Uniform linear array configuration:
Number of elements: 48
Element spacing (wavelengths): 1
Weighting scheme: hann
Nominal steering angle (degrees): -30
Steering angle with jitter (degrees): -29.986
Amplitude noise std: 0.05
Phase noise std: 0.05

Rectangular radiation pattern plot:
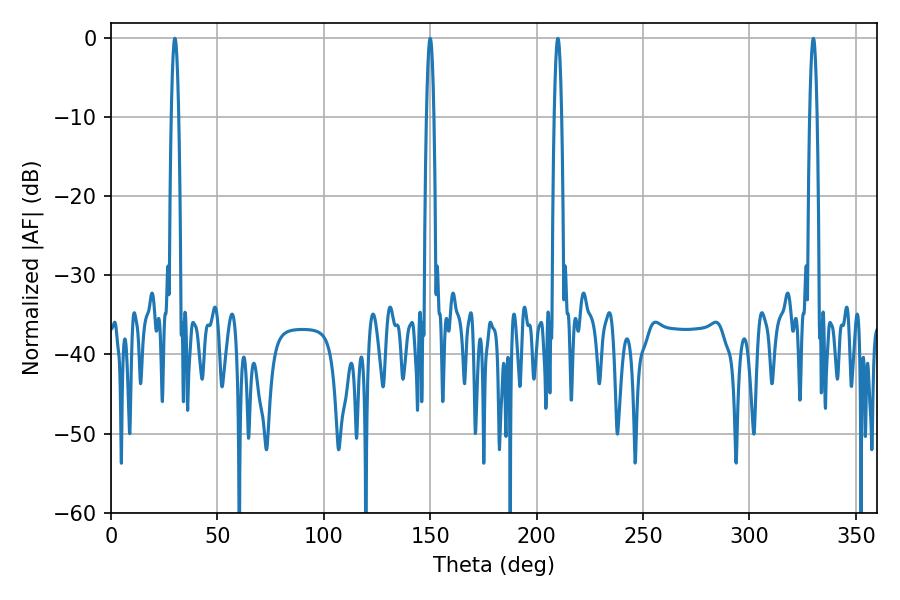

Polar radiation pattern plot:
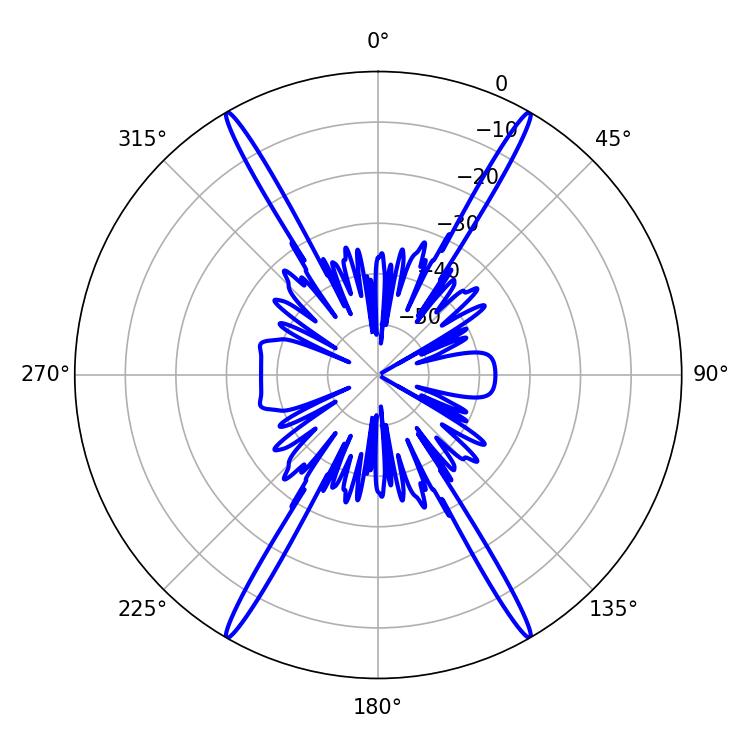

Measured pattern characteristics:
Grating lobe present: TRUE
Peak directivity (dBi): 56.492
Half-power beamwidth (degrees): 1.8
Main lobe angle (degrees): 30.06